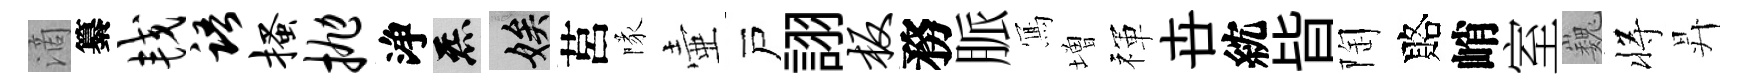
滴纂较语搔抛浄炁娭莒隊壷戸詡板務脈𭂁増禈卋紞𣅜陶賂峭室巍将昇